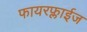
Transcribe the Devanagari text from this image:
फायरफ्लाईज